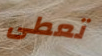
تعطى